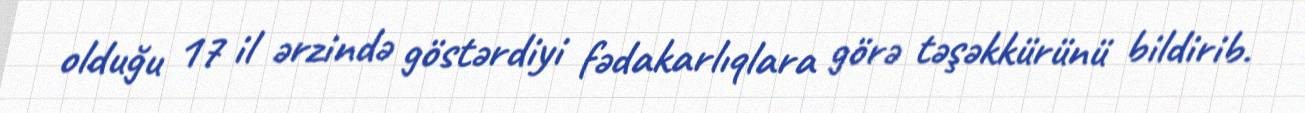
olduğu 17 il ərzində göstərdiyi fədakarlıqlara görə təşəkkürünü bildirib.